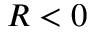
R < 0